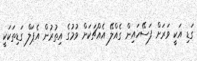
ގަޑި އަކީ ވަރަށް ފަސޭހައިން ގެއްލޭ އެއްޗަކަށް ވުމުގެ އިތުރުން އެޕަލް ގަޑިތަކަކީ